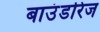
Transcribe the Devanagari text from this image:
बाउंडरिज